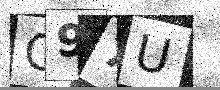
Text: C97U